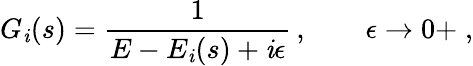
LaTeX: G_{\mathit{i}}(s)=\frac{{1}}{{E-E_{\mathit{i}}(s)+\mathit{i}\epsilon}}\, ,\qquad\epsilon\to0+\; ,